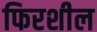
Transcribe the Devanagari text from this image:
फिरशील